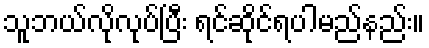
သူဘယ်လိုလုပ်ပြီး ရင်ဆိုင်ရပါမည်နည်း။